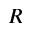
R